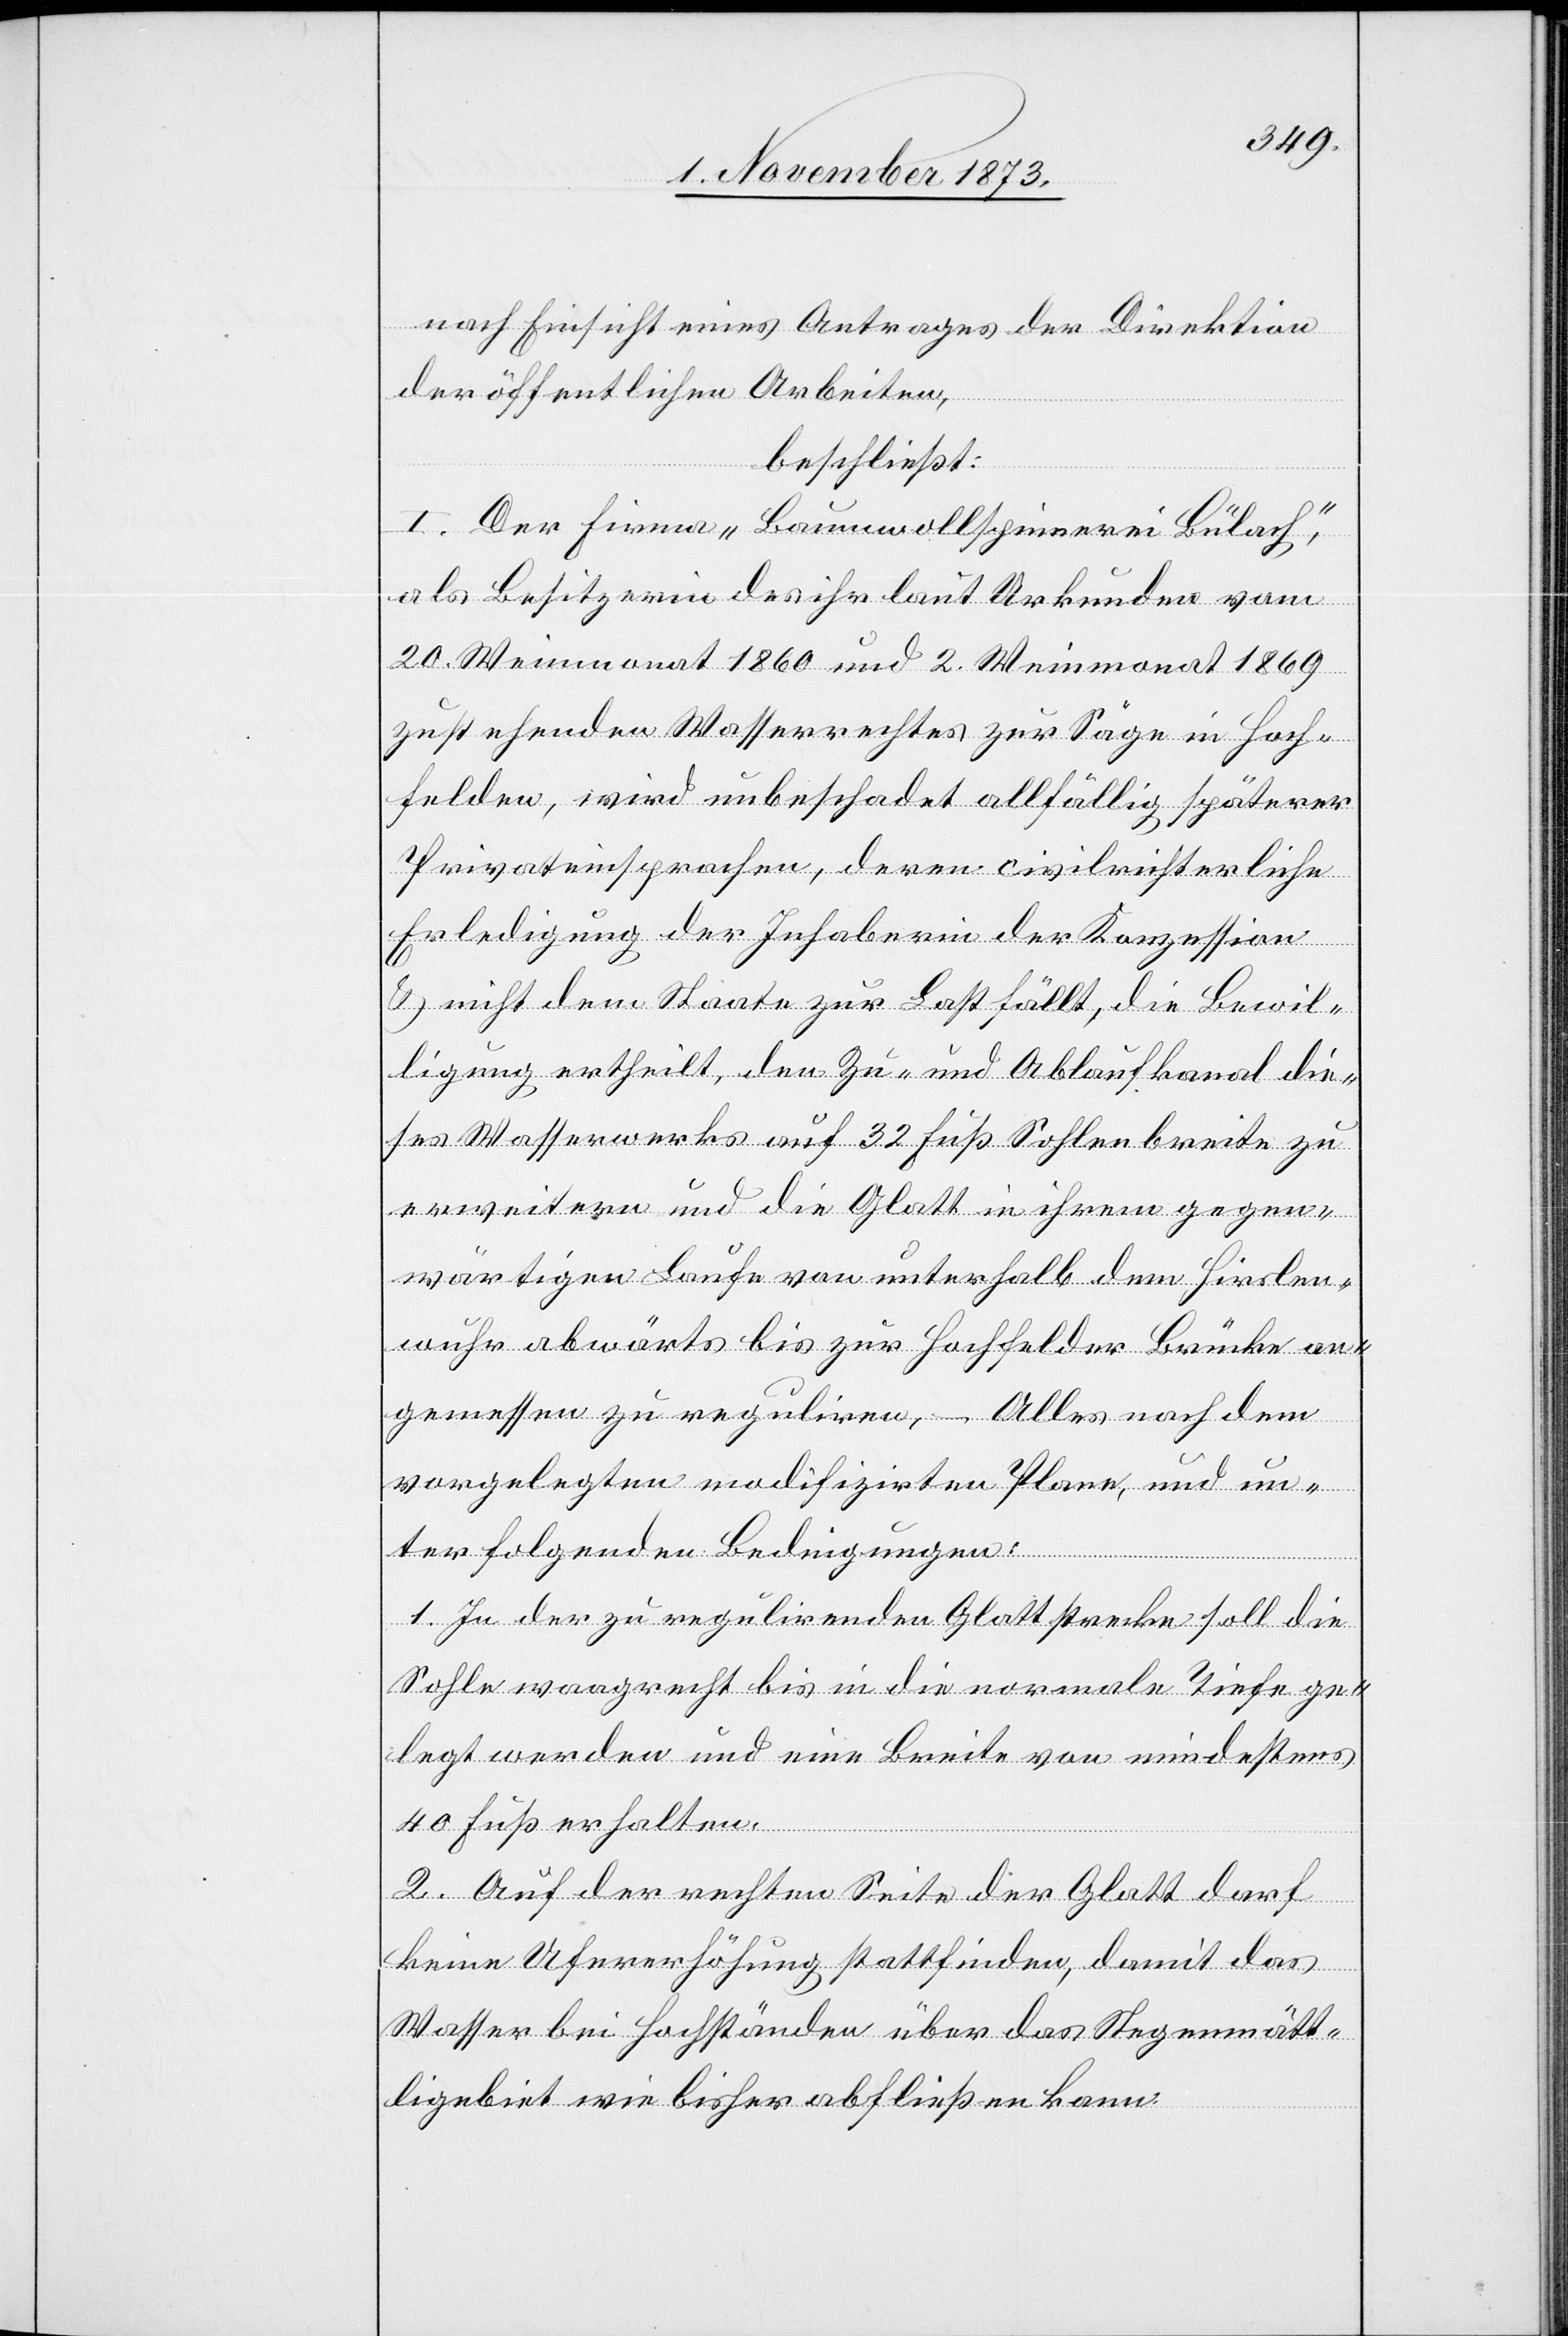
nach Einsicht eines Antrages der Direktion
der öffentlichen Arbeiten,
beschließt:
I. Der Firma „Baumwollspinnerei Bülach“,
als Besitzerin des ihr laut Urkunden vom
20. Weinmonat 1860 und 2. Weinmonat 1869
zustehenden Wasserrechtes zur Säge in Hoch¬
felden, wird unbeschadet allfällig späterer
Privateinsprachen, deren civilrichterliche
Erledigung der Inhaberin der Konzession
& nicht dem Staate zur Last fällt, die Bewil¬
ligung ertheilt, den Zu- und Ablaufkanal die¬
ses Wasserwerks auf 32 Fuß Sohlenbreite zu
erweitern und die Glatt in ihrem gegen¬
wärtigen Laufe von unterhalb dem Hirslen¬
wuhr abwärts bis zur Hochfelder Brücke an¬
gemessen zu reguliren, – Alles nach dem
vorgelegten modifizirten Plane, und un¬
ter folgenden Bedingungen:
1. In der zu regulirenden Glattstrecke soll die
Sohle waagrecht bis in die normale Tiefe ge¬
legt werden und eine Breite von mindestens
40 Fuß erhalten.
2. Auf der rechten Seite der Glatt darf
keine Ufererhöhung stattfinden, damit das
Wasser bei Hochständen über das Stegenmätt¬
ligebiet wie bisher abfließen kann.